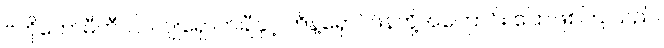
ဗဟိုကော်မီတီဝင် လျူရှောက်ချီနှင့် တိန့်ရှောင်ဖိန်တို့အကြောင်း ပြောဖြစ်ကြ သည်။